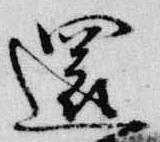
還